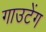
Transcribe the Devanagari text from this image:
गाउटेंग